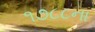
૧૭૮૮ના